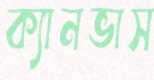
ক্যানভাস